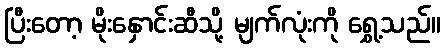
ပြီးတော့ မိုးနှောင်းဆီသို့ မျက်လုံးကို ရွှေ့သည်။